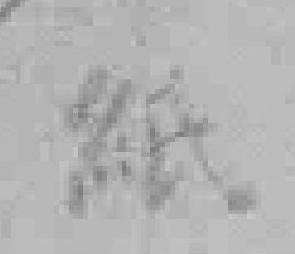
紙